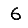
Digit: 6